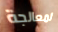
لمعالجة